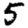
Digit: 5